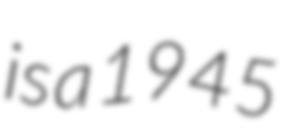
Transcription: is a 1945